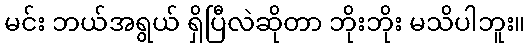
မင်း ဘယ်အရွယ် ရှိပြီလဲဆိုတာ ဘိုးဘိုး မသိပါဘူး။